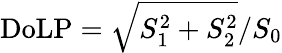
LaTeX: \mathrm{DoLP}=\sqrt{S_{1}^{2}+S_{2}^{2}}/S_{0}